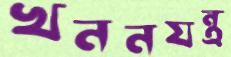
খননযন্ত্র